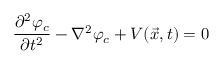
{ \frac { \partial ^ { 2 } \varphi _ { c } } { \partial t ^ { 2 } } } - \nabla ^ { 2 } \varphi _ { c } + { \cal V } ( \vec { x } , t ) = 0